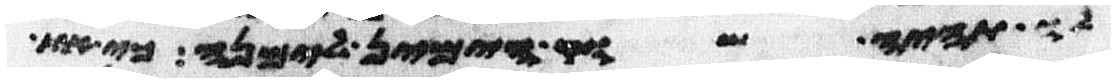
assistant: לו תהיה שוק הימין למנה כי את